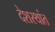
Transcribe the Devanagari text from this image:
देशस्थांत